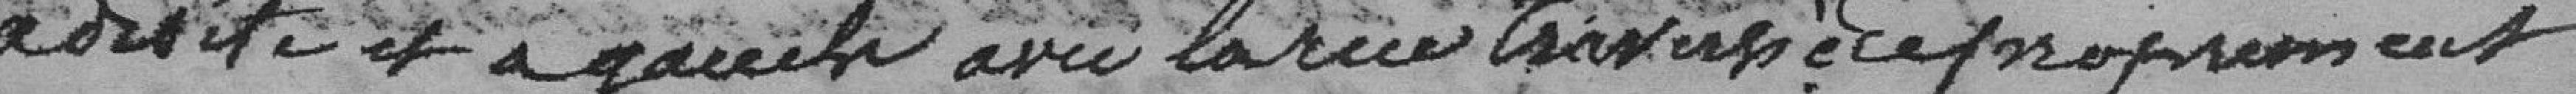
à droite et à gauche avec la rue Traversière proprement